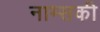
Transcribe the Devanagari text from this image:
नाम्सकी